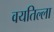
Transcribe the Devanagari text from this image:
वयतिल्ला